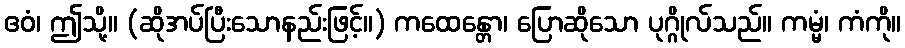
ဧဝံ၊ ဤသို့။ (ဆိုအပ်ပြီးသောနည်းဖြင့်။) ကထေန္တော၊ ပြောဆိုသော ပုဂ္ဂိုလ်သည်။ ကမ္မံ၊ ကံကို။